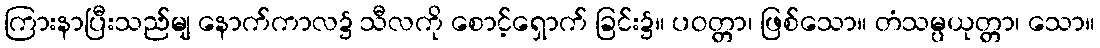
ကြားနာပြီးသည်မျ နောက်ကာလ၌ သီလကို စောင့်ရှောက် ခြင်း၌။ ပဝတ္တာ၊ ဖြစ်သော။ တံသမ္ပယုတ္တာ၊ သော။